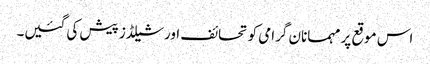
اس موقع پر مہمانان گرامی کو تحائف اور شیلڈز پیش کی گئیں۔